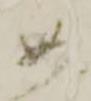
め